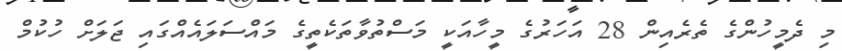
މި ދެމީހުންގެ ތެރެއިން 28 އަހަރުގެ މީހާއަކީ މަސްތުވާތަކެތީގެ މައްސަލައެއްގައި ޖަލަށް ހުކުމް